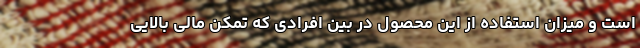
است و میزان استفاده از این محصول در بین افرادی که تمکن مالی بالایی